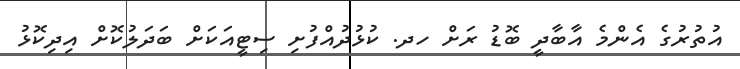
އުތުރުގެ އެންމެ އާބާދީ ބޮޑު ރަށް ހދ. ކުޅުދުއްފުށި ސިޓީއަކަށް ބަދަލުކޮށް އިދިކޮޅު